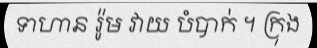
ទាហាន រ៉ូម វាយ បំបាក់ ។ ក្រុង